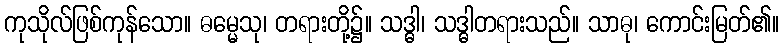
ကုသိုလ်ဖြစ်ကုန်သော။ ဓမ္မေသု၊ တရားတို့၌။ သဒ္ဓါ၊ သဒ္ဓါတရားသည်။ သာဓု၊ ကောင်းမြတ်၏။